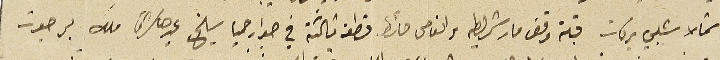
شمالا شبلي بركات قبلة وقف مار شليطه والفاصل حائط قطعة ثالثة في جوار حميا سيلخ يحدها شرقًا ملك برجوت